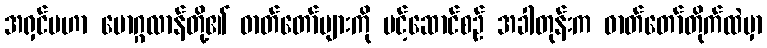
အရှင်မဟာ မောဂ္ဂလာန်တို့၏ ဓာတ်တော်များကို ပင့်ဆောင်စဉ် အခါတုန်းက ဓာတ်တော်တိုက်ထဲမှာ